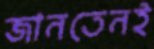
জানতেনই